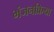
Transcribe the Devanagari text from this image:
भंजनक्रिया